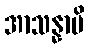
အာသန္နာပိ